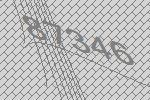
87346